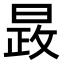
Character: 晸